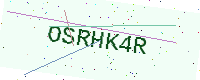
Text: OSRHK4R